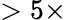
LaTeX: >5\times